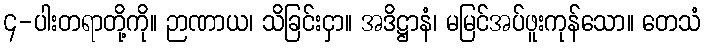
၄-ပါးတရာတို့ကို။ ဉာဏာယ၊ သိခြင်းငှာ။ အဒိဋ္ဌာနံ၊ မမြင်အပ်ဖူးကုန်သော။ တေသံ